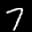
Label: 7